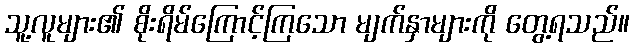
သူ့လူများ၏ စိုးရိမ်ကြောင့်ကြသော မျက်နှာများကို တွေ့ရသည်။